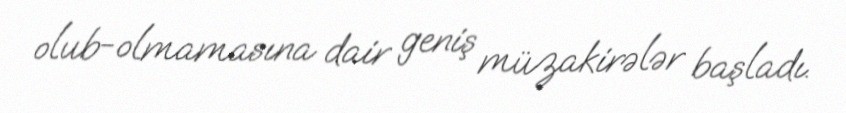
olub-olmamasına dair geniş müzakirələr başladı.